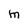
Character: M